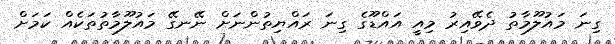
ގިނަ މައުލޫމާތު ދެވޭއިރު މިއީ އައްޑޫގެ ގިނަ ރައްޔިތުންނަށް ނޭނގޭ މައުލޫމާތުތަކެއް ކަމަށް